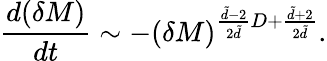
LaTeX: \frac{d(\delta M)}{dt}\sim-(\delta M)^{\frac{\tilde{d}-2}{2\tilde{d}}D+\frac{\tilde{d}+2}{2\tilde{d}}}.